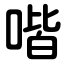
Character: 喈